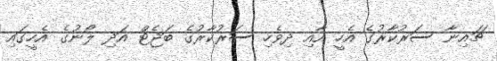
ޗައިނާ ސަރުކާރުގެ އެހީ އާއި ދިވެހި ސަރުކާރުގެ ބަޖެޓް އަދި ލޯނުގެ އެހީގައި